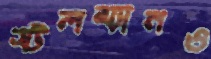
স্টলম্যানও